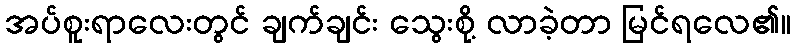
အပ်စူးရာလေးတွင် ချက်ချင်း သွေးစို့ လာခဲ့တာ မြင်ရလေ၏။